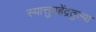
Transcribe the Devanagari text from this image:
स्यात्तुमहेंद्रतुल्या